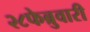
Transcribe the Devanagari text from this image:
२८फेब्रुवारी